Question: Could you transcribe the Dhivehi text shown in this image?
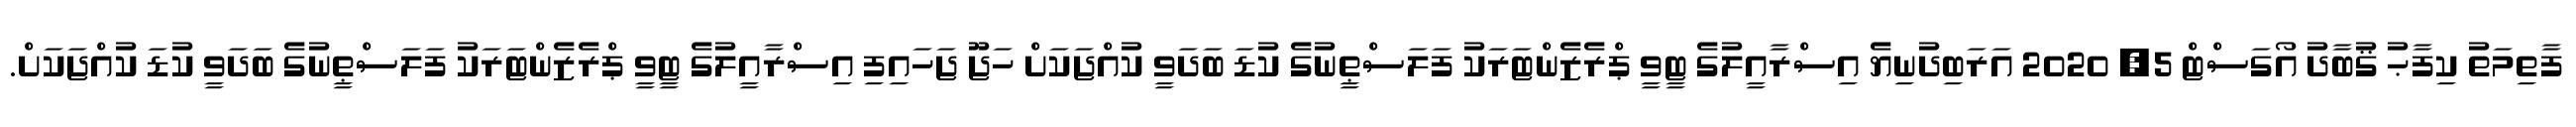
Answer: ފާތިމަތު ކިފާޙު ޤުބާދު އޯގަސްޓް 5, 2020 އަރަބިދުނިޔެ އިސްރާއީލުގެ ޓީވީ ޕްރެޒެންޓަރަކު ފަލަސްޠީނުގެ ކުޑަ ބަދަވީ ކުއްޖަކަށް ހަޖޫ ޖަހައިފި އިސްރާއީލުގެ ޓީވީ ޕްރެޒެންޓަރަކު ފަލަސްޠީނުގެ ބަދަވީ ކުޑަ ކުއްޖަކަށް.